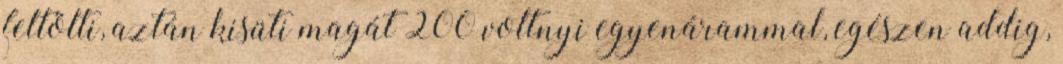
feltölti, aztán kisüti magát 200 voltnyi egyenárammal, egészen addig,